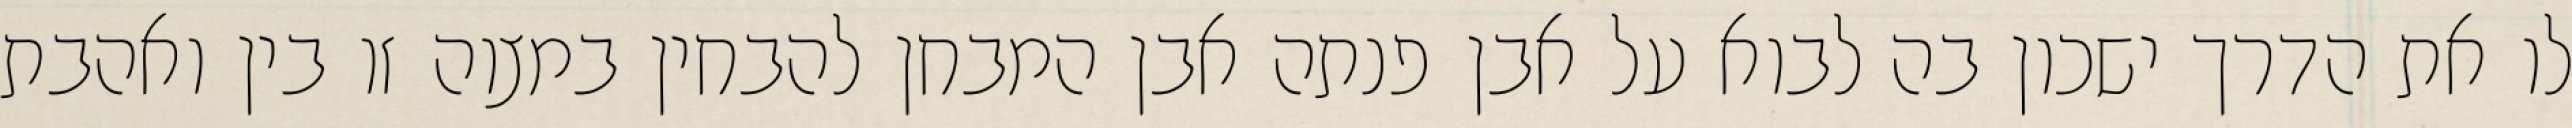
לו את הדרך ישכון בה לבוא על אבן פנתה אבן המבחן להבחין במצוה זו בין ואהבת